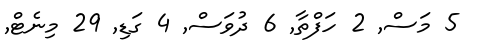
5 މަސް